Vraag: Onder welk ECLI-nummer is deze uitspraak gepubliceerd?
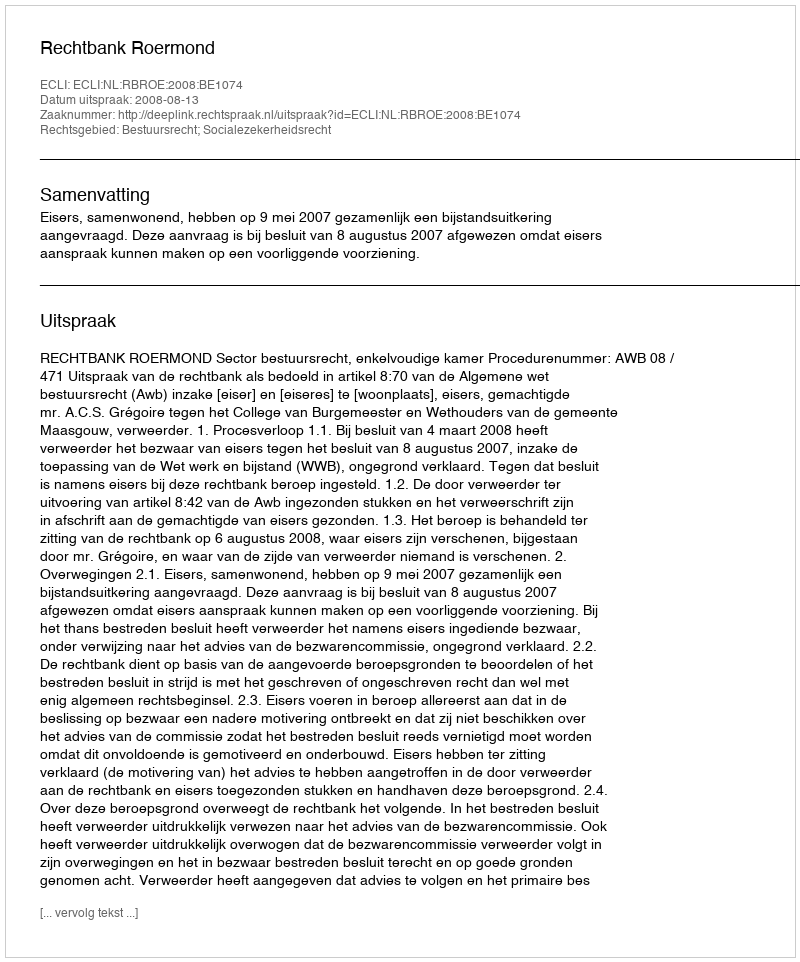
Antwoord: ECLI:NL:RBROE:2008:BE1074